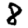
Digit: 8